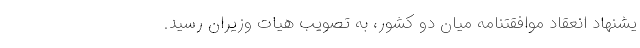
یشنهاد انعقاد موافقتنامه میان دو کشور، به تصویب هیات وزیران رسید.